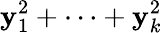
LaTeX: \mathbf{y}_{1}^{2}+\cdots+\mathbf{y}_{k}^{2}